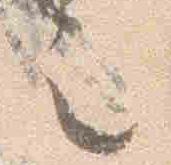
之